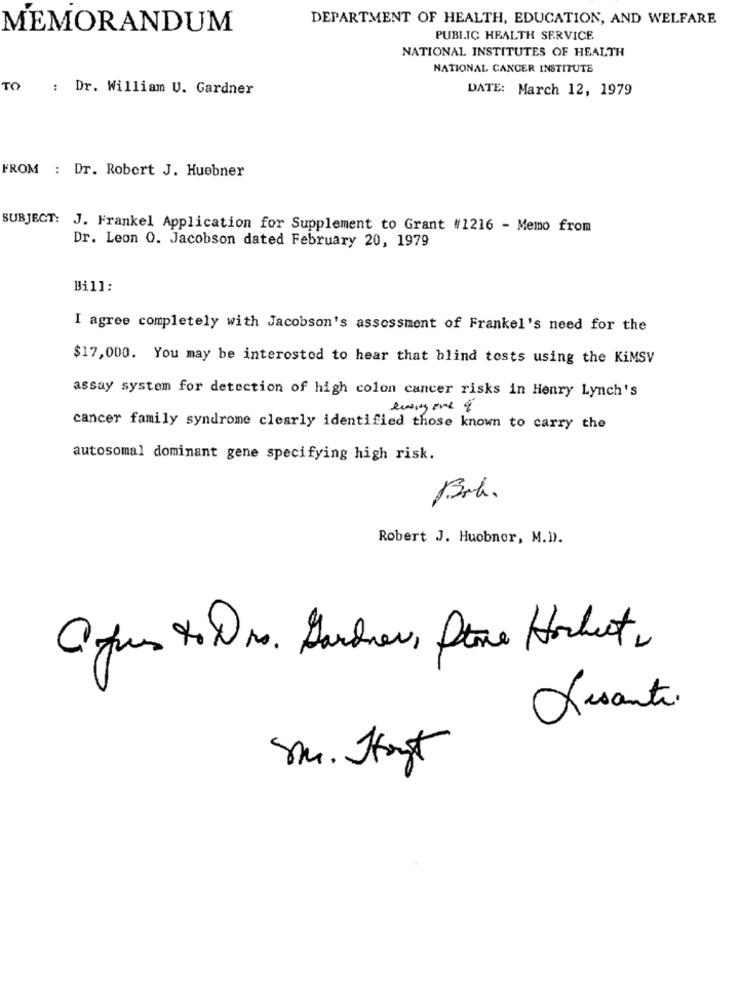
DEPARTMENT OF HEALTH, EDUCATION, AND WELFARE
MEMORANDUM
PUBLIC HEALTH SERVICE
NATIONAL INSTITUTES OF HEALTH
NATIONAL CANCER INSTITUTE
TO
: Dr. William U. Gardner
DATE: March 12, 1979
FROM : Dr. Robert J. Huebner
SUBJECT: J. Frankel Application for Supplement to Grant #1216 - Memo from
Dr. Leon 0. Jacobson dated February 20, 1979
Bill:
I agree completely with Jacobson's assessment of Frankel's need for the
$17,000. You may be interested to hear that blind tests using the KiMSV
assay system for detection of high colon cancer risks in Henry Lynch's
everyone $
cancer family syndrome clearly identified those known to carry the
autosomal dominant gene specifying high risk.
Bra.
Robert J. Huobnor, M.D.
Cifres to Dr. Gardner, Stone Hocheet,
Risante.